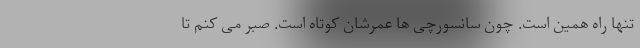
تنها راه همین است. چون سانسورچی ها عمرشان کوتاه است. صبر می کنم تا